Lunatic asylums Central Provinces reports 1874-1885 - 1874-1885
Year: 1874
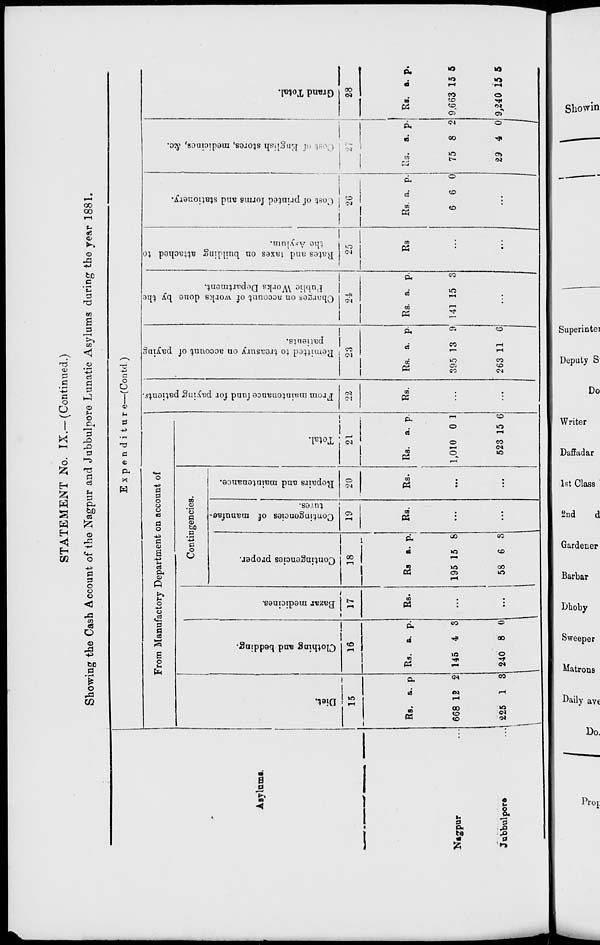
STATEMENT No. IX.—(Continued.)
Showing the Cash Account of the Nagpur and Jubbulpore Lunatic Asylums during the year 1881.
Asylums.
Nagpur ...
Jubbulpore ...
Expenditure—(Contd.)
From Manufactory Department on account of
Diet.
15
Rs.
668
225
a.
12
1
p.
2
3
Clothing and bedding.
16
Rs.
145
240
a.
4
8
p.
3
0
Bazar medicines.
17
Rs.
...
...
Contingencies.
Contingencies proper.
18
Rs.
195
58
a.
15
6
p.
8
3
Contingencies of manufac-
tures.
19
Rs.
...
...
Repairs and maintenance.
20
Rs.
...
...
Total.
21
Rs.
1,010
523
a.
0
15
p.
1
6
From maintenance fund for paying patients.
22
Rs.
...
...
Remitted to treasury on account of paying
patients.
23
Rs.
395
263
a.
13
11
p.
9
6
Charges on account of works done by the
Public Works Department.
24
Rs.
141
a.
15
p.
3
...
Rates and taxes on building attached to
the Asylum.
25
Rs.
...
...
Cost of printed forms and stationery.
26
Rs.
6
a.
6
p.
0
...
Cost of English stores, medicines, &c.
27
Rs.
75
29
a.
8
4
p.
2
0
Grand Total.
28
Rs.
9,663
9,240
a.
15
15
p.
5
5